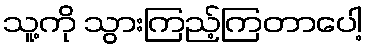
သူ့ကို သွားကြည့်ကြတာပေါ့